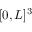
[ 0 , L ] ^ { 3 }